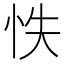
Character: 怢